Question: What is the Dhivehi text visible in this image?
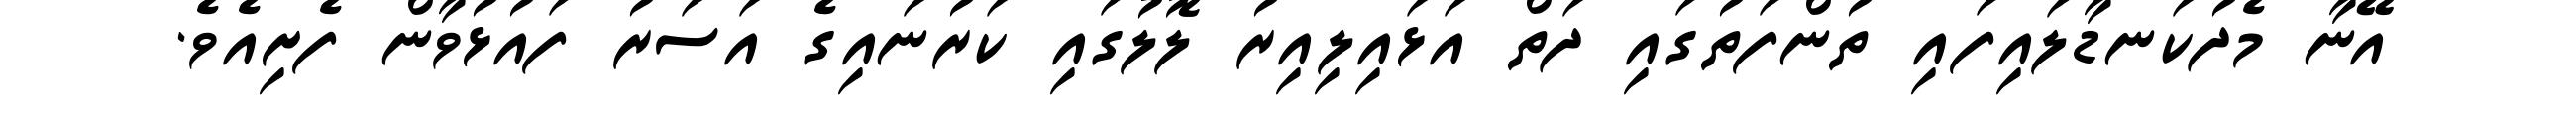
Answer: އޭނާ މެދުކަނޑާލައިފައި ތުންފަތުގައި ދަތް އަޅައިލިއިރު ލޮލުގައި ކަރުނައިގެ އަސަރު ފައުޅުވާން ފެށިއެވެ.